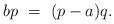
LaTeX: \begin{align*}bp \ =\ (p-a)q.\end{align*}